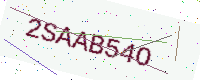
Text: 2SAAB54O